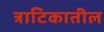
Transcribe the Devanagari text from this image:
त्राटिकातील